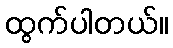
ထွက်ပါတယ်။